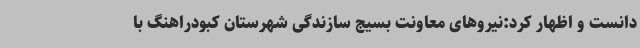
دانست و اظهار کرد:نیروهای معاونت بسیج سازندگی شهرستان کبودراهنگ با